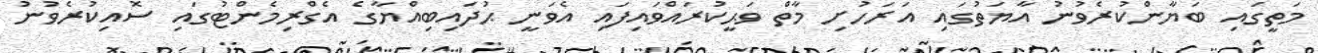
މަތީގައި ބަޔާންކުރެވުނު އާޔަތުގައި އަރަހުށި މާތް ވަޙީކުރައްވައިފައި އެވަނީ ޙުދައިބިއްޔާގެ އެގްރިމެންޓުގައި ސޮއިކުރެވުނު